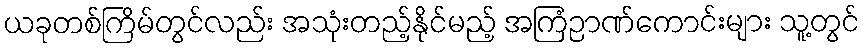
ယခုတစ်ကြိမ်တွင်လည်း အသုံးတည့်နိုင်မည့် အကြံဉာဏ်ကောင်းများ သူ့တွင်